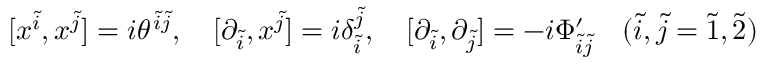
[ x ^ { \tilde { i } } , x ^ { \tilde { j } } ] = i \theta ^ { \ \! \! \tilde { i } \tilde { j } } , \quad [ \partial _ { \tilde { i } } , x ^ { \tilde { j } } ] = i \delta _ { \tilde { i } } ^ { \tilde { j } } , \quad [ \partial _ { \tilde { i } } , \partial _ { \tilde { j } } ] = - i \Phi _ { \tilde { i } \tilde { j } } ^ { \prime } \quad ( \tilde { i } , \tilde { j } = \tilde { 1 } , \tilde { 2 } )